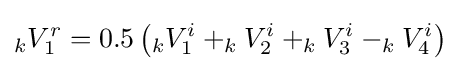
_{k}V_{1}^{r}=0.5\left(_{k}V_{1}^{i}+_{k}V_{2}^{i}+_{k}V_{3}^{i}-_{k}V_{4}^{i}\right)